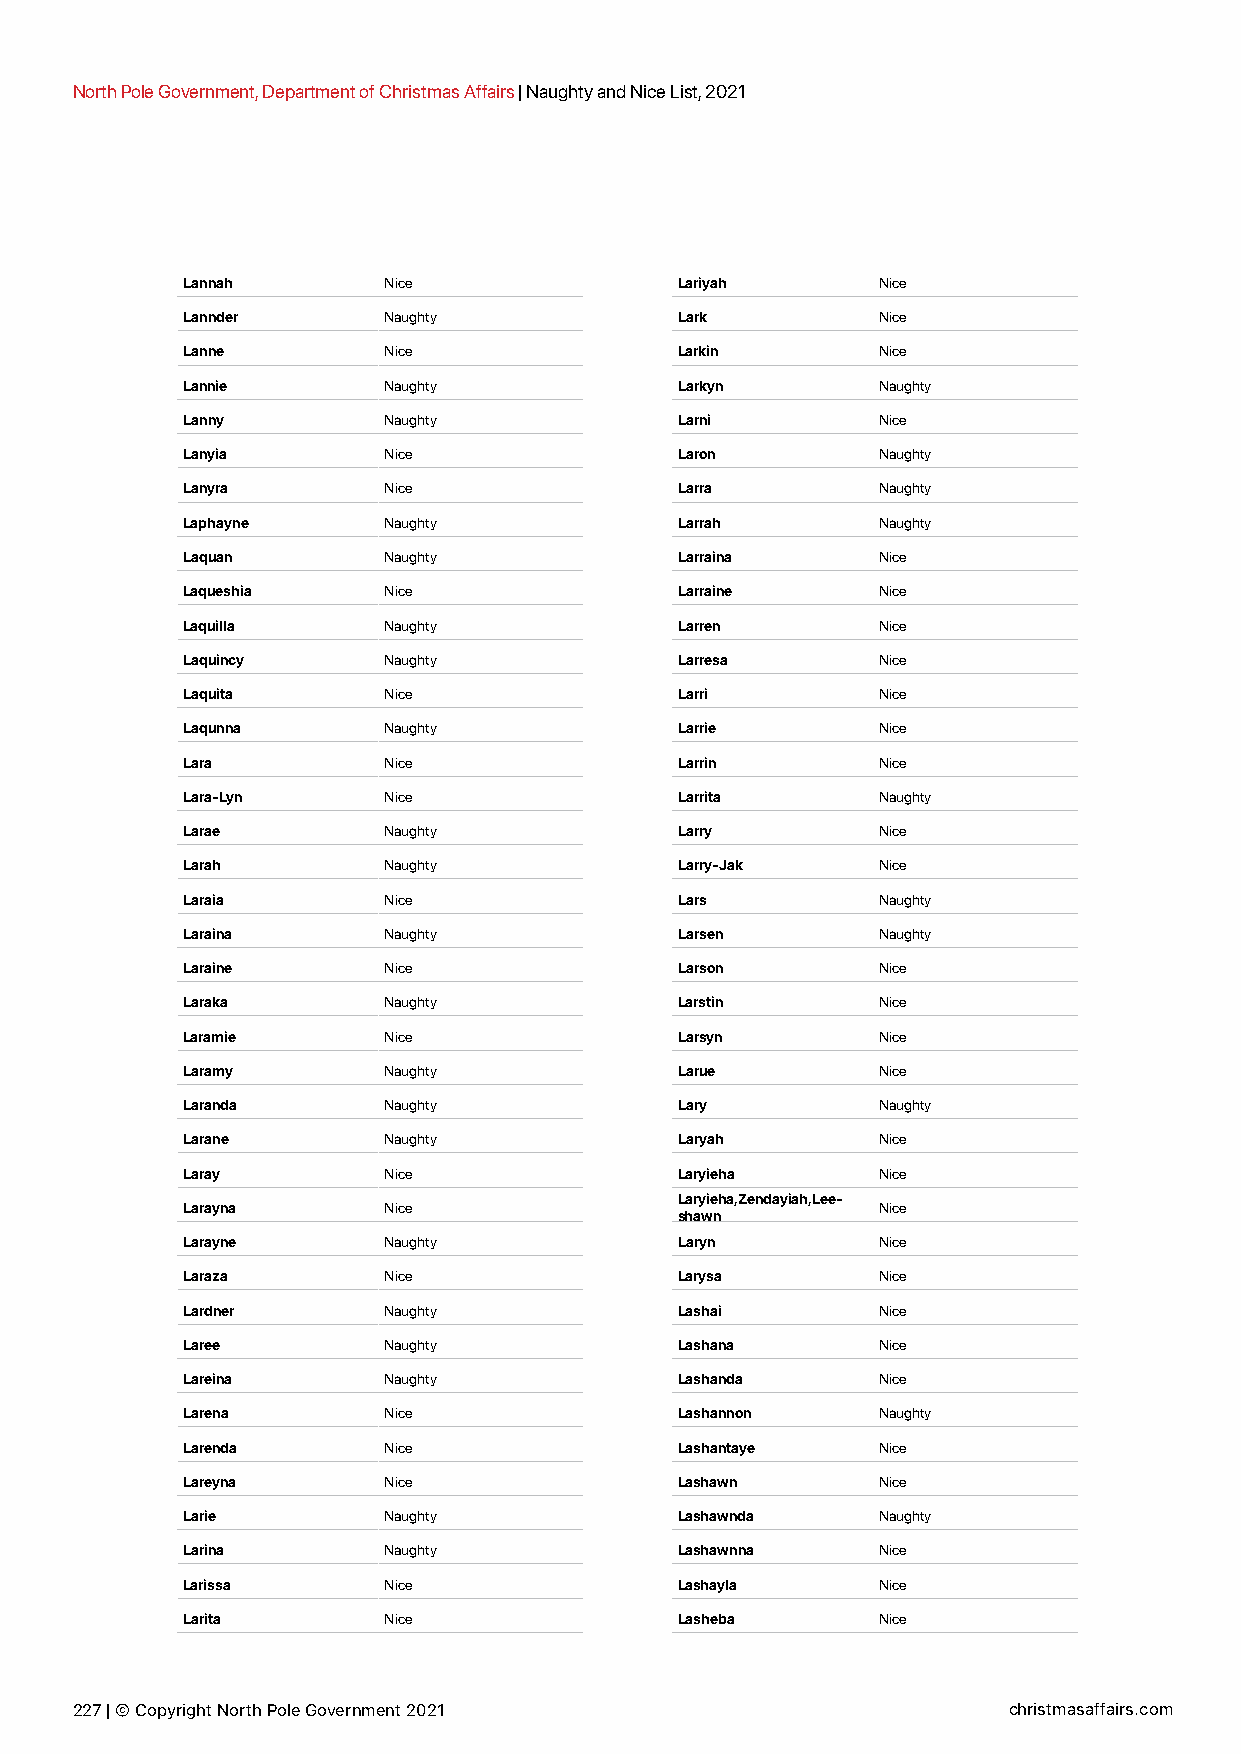
North Pole Government, Department of Christmas Affairs | Naughty and Nice List, 2021
 Lannah       Nice                Lariyah      Nice
 Lannder      Naughty             Lark         Nice
 Lanne        Nice                Larkin       Nice
 Lannie       Naughty             Larkyn       Naughty
 Lanny        Naughty             Larni        Nice
 Lanyia       Nice                Laron        Naughty
 Lanyra       Nice                Larra        Naughty
 Laphayne     Naughty             Larrah       Naughty
 Laquan       Naughty             Larraina     Nice
 Laqueshia    Nice                Larraine     Nice
 Laquilla     Naughty             Larren       Nice
 Laquincy     Naughty             Larresa      Nice
 Laquita      Nice                Larri        Nice
 Laqunna      Naughty             Larrie       Nice
 Lara         Nice                Larrin       Nice
 Lara-Lyn     Nice                Larrita      Naughty
 Larae        Naughty             Larry        Nice
 Larah        Naughty             Larry-Jak    Nice
 Laraia       Nice                Lars         Naughty
 Laraina      Naughty             Larsen       Naughty
 Laraine      Nice                Larson       Nice
 Laraka       Naughty             Larstin      Nice
 Laramie      Nice                Larsyn       Nice
 Laramy       Naughty             Larue        Nice
 Laranda      Naughty             Lary         Naughty
 Larane       Naughty             Laryah       Nice
 Laray        Nice                Laryieha     Nice
 Laryieha,Zendayiah,Lee-
 Larayna      Nice                             Nice
 shawn
 Larayne      Naughty             Laryn        Nice
 Laraza       Nice                Larysa       Nice
 Lardner      Naughty             Lashai       Nice
 Laree        Naughty             Lashana      Nice
 Lareina      Naughty             Lashanda     Nice
 Larena       Nice                Lashannon    Naughty
 Larenda      Nice                Lashantaye   Nice
 Lareyna      Nice                Lashawn      Nice
 Larie        Naughty             Lashawnda    Naughty
 Larina       Naughty             Lashawnna    Nice
 Larissa      Nice                Lashayla     Nice
 Larita       Nice                Lasheba      Nice
 227 | © Copyright North Pole Government 2021                  christmasaffairs.com